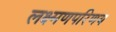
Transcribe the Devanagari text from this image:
लक्ष्मणपरिणय